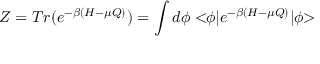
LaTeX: Z = T r ( e ^ { - \beta ( H - \mu Q ) } ) = \int d \phi < \! \! \phi | e ^ { - \beta ( H - \mu Q ) } | \phi \! \! >